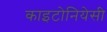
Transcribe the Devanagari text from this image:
काइटोनियेसी